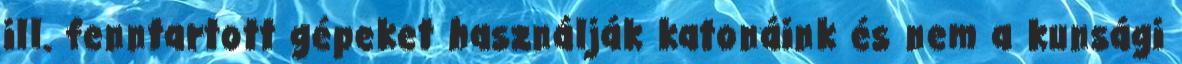
ill. fenntartott gépeket használják katonáink és nem a kunsági